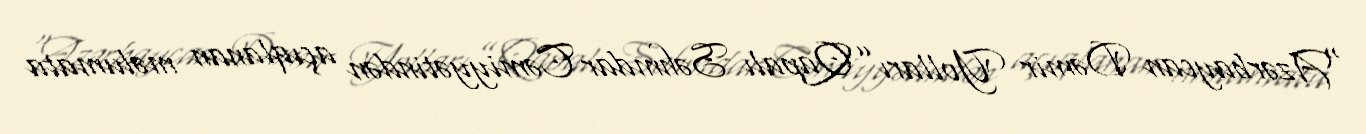
“Azərbaycan Dəmir Yolları” Qapalı Səhmdar Cəmiyyətindən açıqlanan məlumata